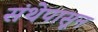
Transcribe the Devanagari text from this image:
संथेपासून